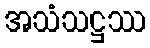
အသံသဋ္ဌဿ